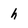
Character: h